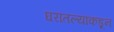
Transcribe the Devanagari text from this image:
घरांतल्यांकडून